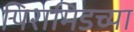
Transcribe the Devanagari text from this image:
पिरामिडच्या